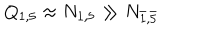
LaTeX: Q _ { 1 , 5 } \approx N _ { 1 , 5 } \gg N _ { \bar { 1 } , \bar { 5 } }